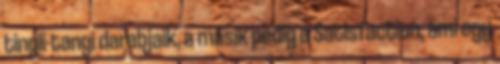
tingli-tangi darabjaik, a másik pedig a Satisfaction, ami egy